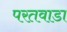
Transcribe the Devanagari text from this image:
परतवाडा